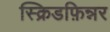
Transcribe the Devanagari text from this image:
स्क्रिडफ़िन्नर